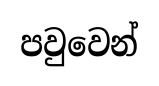
පවුවෙන්